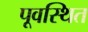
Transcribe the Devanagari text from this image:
पूवस्थित